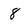
Character: 8